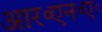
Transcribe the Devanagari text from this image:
आर॰एन॰ए॰